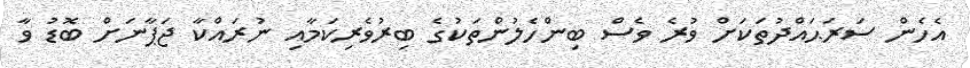
އެހެން ސަރަޙައްދުތަކަށް ވުރެ ވެސް ބިންހެލުންތަކުގެ ބިރުވެރިކަމާއި ނުރައްކާ ޖަޕާނަށް ބޮޑު ވާ